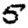
Digit: 5